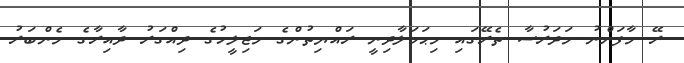
ރޭ މާފަންނު މަދަރުސާ ތެރޭގައި މިޙަމަލާދިނީ ރައްޔިތުންގެ މަޖިލީހުގެ ދިއްގަރު ދާއިރާގެ މެންބަރު